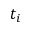
t _ { i }